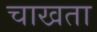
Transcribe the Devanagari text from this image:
चाखता